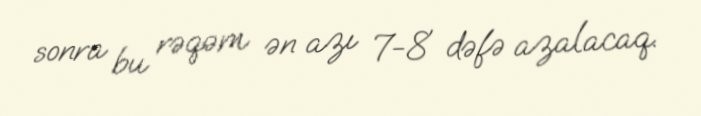
sonra bu rəqəm ən azı 7-8 dəfə azalacaq.